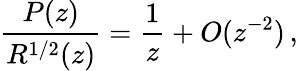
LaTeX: \frac{P(z)}{R^{1/2}(z)}=\frac{1}{z}+O(z^{-2})\, ,